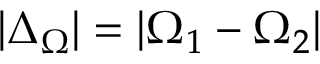
| \Delta _ { \Omega } | = | \Omega _ { 1 } - \Omega _ { 2 } |